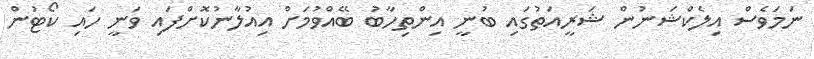
ނަމަވެސް އިލެކްޝަނުން ޝަރީއަތުގައި ބުނީ އިންތިހާބު ބޭއްވުމަށް އިއުލާނުކޮށްފައި ވަނީ ހައި ކޯޓުން